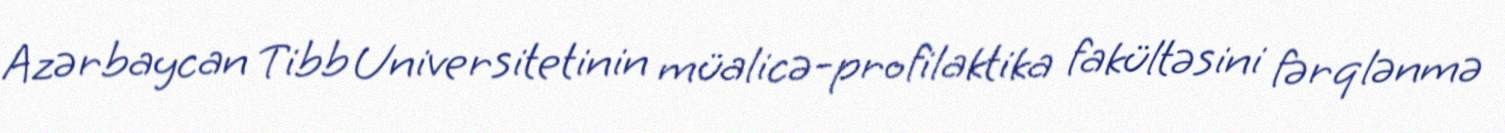
Azərbaycan Tibb Universitetinin müalicə-profilaktika fakültəsini fərqlənmə